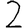
Digit: 2